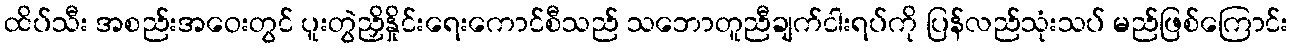
ထိပ်သီး အစည်းအဝေးတွင် ပူးတွဲညှိနှိုင်းရေးကောင်စီသည် သဘောတူညီချက်ငါးရပ်ကို ပြန်လည်သုံးသပ် မည်ဖြစ်ကြောင်း